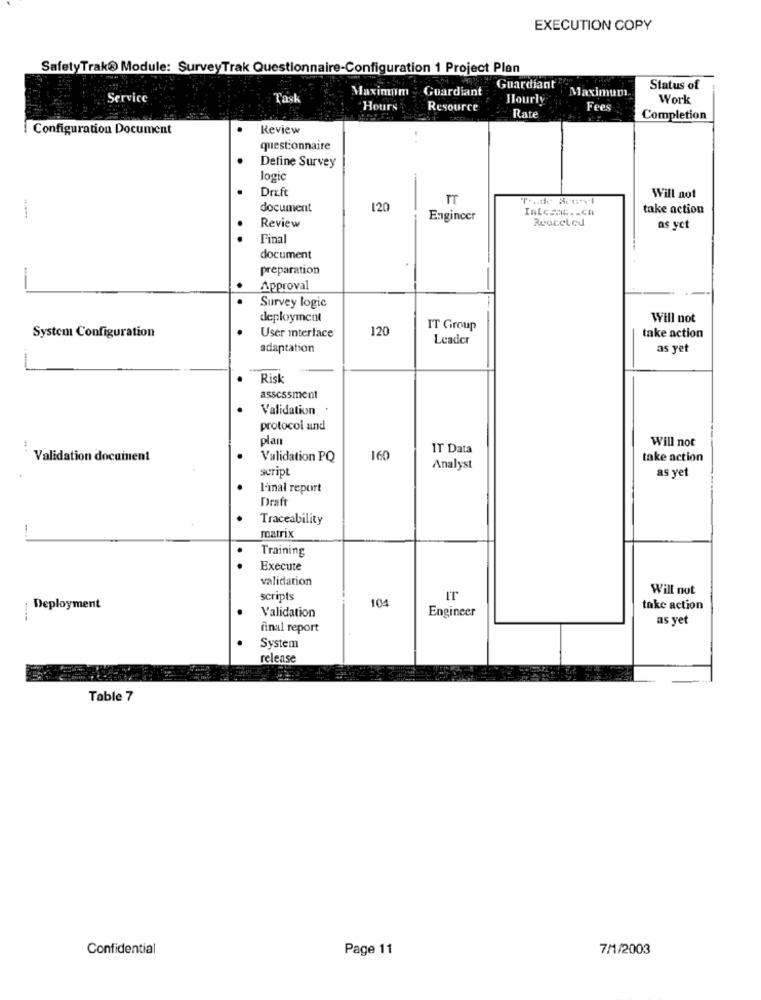
EXECUTION COPY
SafetyTrak@ Module: SurveyTrak Questionnaire-Configuration 1 Project Plan
Maximum
Guardiant
Guardiant
Maximum
Status of
Service
T'ask
Hourly
Work
Hours
Resource
Fees
Rate
Completion
Configuration Document
Review
questionnaire
Define Survey
logic
Drift
TT
Will not
document
120
Inte == c .- ch
take action
Review
Engineer
Rvoreled
as yet
Final
document
-
preparation
Approval
Survey logic
deployment
Will not
System Configuration
120
IT Group
User interface
Leader
take action
adaptation
as yet
Risk
assessment
Validation
protocol and
plan
Will not
IT Data
Validation document
Validation PQ
160
take action
script
Analyst
as yet
l'inal report
Draft
Traceability
matrix
Training
Execute
validation
Will not
scripts
104
IT
Deployment
Engineer
take action
Validation
as yet
final report
System
release
Table 7
Confidential
Page 11
7/1/2003